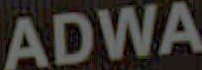
ADWA